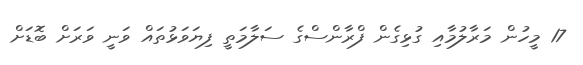
17 މީހުން މަރާލުމާއި ގުޅިގެން ފްރާންސްގެ ސަލާމަތީ ފިޔަވަޅުތައް ވަނީ ވަރަށް ބޮޑަށް